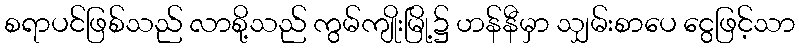
စရာပင်ဖြစ်သည် လာစို့သည် ကွမ်ကျိုးမြို့၌ ဟန်နီမှာ သျှမ်းစာပေ ငွေဖြင့်သာ